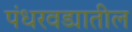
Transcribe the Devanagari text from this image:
पंधरवड्यातील